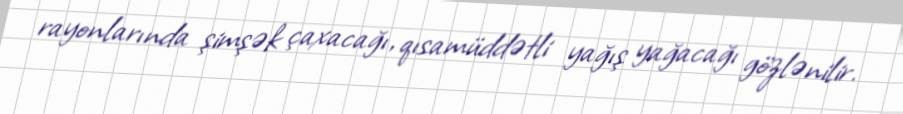
rayonlarında şimşək çaxacağı, qısamüddətli yağış yağacağı gözlənilir.